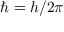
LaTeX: \hbar = { h } / { 2 \pi }